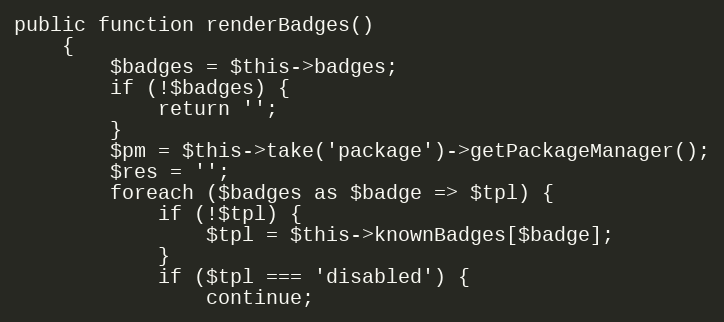
Language: PHP
public function renderBadges()
    {
        $badges = $this->badges;
        if (!$badges) {
            return '';
        }
        $pm = $this->take('package')->getPackageManager();
        $res = '';
        foreach ($badges as $badge => $tpl) {
            if (!$tpl) {
                $tpl = $this->knownBadges[$badge];
            }
            if ($tpl === 'disabled') {
                continue;